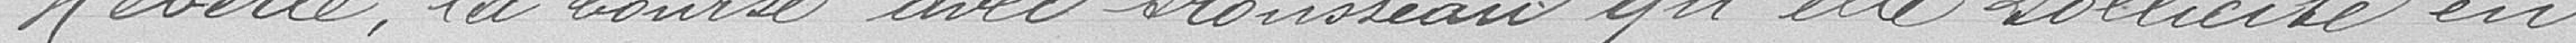
Héberlé, la bourse avec trousseau qu'elle sollicite en